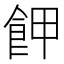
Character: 𩚲